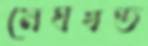
মেঘখণ্ড